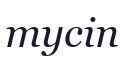
тусіп